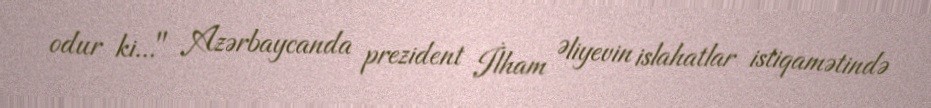
odur ki..." Azərbaycanda prezident İlham Əliyevin islahatlar istiqamətində